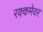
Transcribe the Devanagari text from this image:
रक्कमेवर